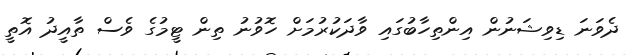
ދެވަނަ ޑިވިޝަނުން އިންތިހާބުގައި ވާދަކުރުމަށް ހޮވުނު ތިން ޓީމުގެ ވެސް ތާއީދު އޮތީ